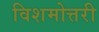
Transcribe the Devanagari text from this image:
विशमोत्तरी